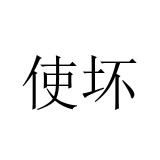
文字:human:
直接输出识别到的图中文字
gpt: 使坏